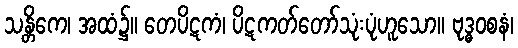
သန္တိကေ၊ အထံ၌။ တေပိဋကံ၊ ပိဋကတ်တော်သုံးပုံဟူသော။ ဗုဒ္ဓဝစနံ၊